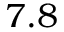
7 . 8